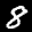
Label: 8